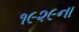
૧૯૨૯ના